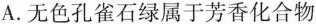
A.无色孔雀石绿属于芳香化合物